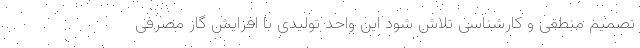
تصمیم منطقی و کارشناسی تلاش شود این واحد تولیدی با افزایش گاز مصرفی